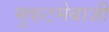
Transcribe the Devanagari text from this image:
मुकटमेबाजी